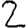
Digit: 2